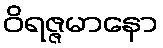
ဝိရဇ္ဇမာနော